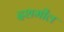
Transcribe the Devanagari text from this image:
दशमील